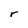
Character: r